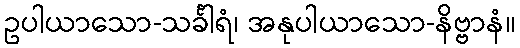
ဥပါယာသော-သင်္ခါရံ၊ အနုပါယာသော-နိဗ္ဗာနံ။